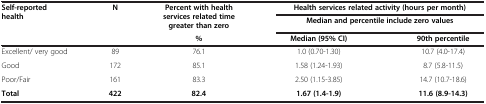
| <ROWSPAN=3> Self-reported health | <ROWSPAN=3> N | <ROWSPAN=2> Percent with health services related time greater than zero | <COLSPAN=2> Health services related activity (hours per month) |
 | <COLSPAN=2> Median and percentile include zero values |
 | % | Median (95% CI) | 90th percentile |
 | --- | --- | --- | --- | --- |
 | Excellent/ very good | 89 | 76.1 | 1.0 (0.70-1.30) | 10.7 (4.0-17.4) |
 | Good | 172 | 85.1 | 1.58 (1.24-1.93) | 8.7 (5.8-11.5) |
 | Poor/Fair | 161 | 83.3 | 2.50 (1.15-3.85) | 14.7 (10.7-18.6) |
 | Total | 422 | 82.4 | 1.67 (1.4-1.9) | 11.6 (8.9-14.3) |